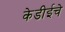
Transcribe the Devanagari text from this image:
केडीईचे